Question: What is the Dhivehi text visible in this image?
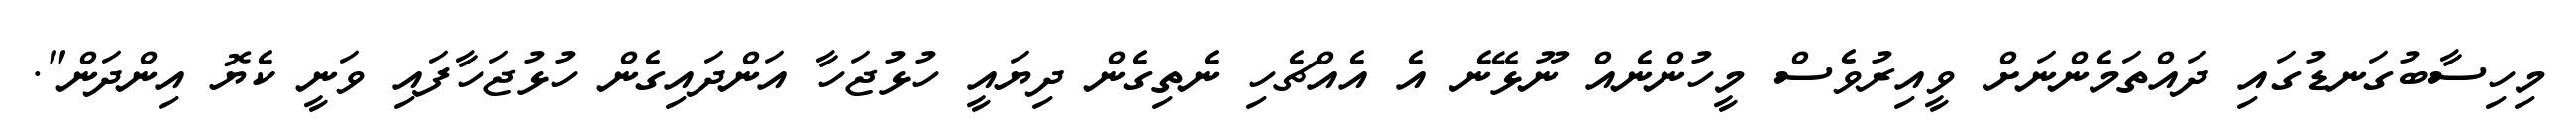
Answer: މިހިސާބުގަނޑުގައި ދައްތަމެންނަށް ވީއިރުވެސް މީހުންނެއް ނޫޅޭނެ އެ އެއްޗެހި ނެތިގެން ދިޔައީ ހުޅުޖަހާ އަންދައިގެން ހުޅުޖަހާފައި ވަނީ ކެޔޮ އިންދަން".